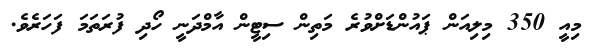
މިއީ 350 މިލިއަން ޕައުންޑަށްވުރެ މަތިން ސިޓީން އާމްދަނީ ހޯދި ފުރަތަމަ ފަަހަރެވެ.